King Institute of Preventive Medicine Micro-Biological Section reports 1909-11
Year: 1909
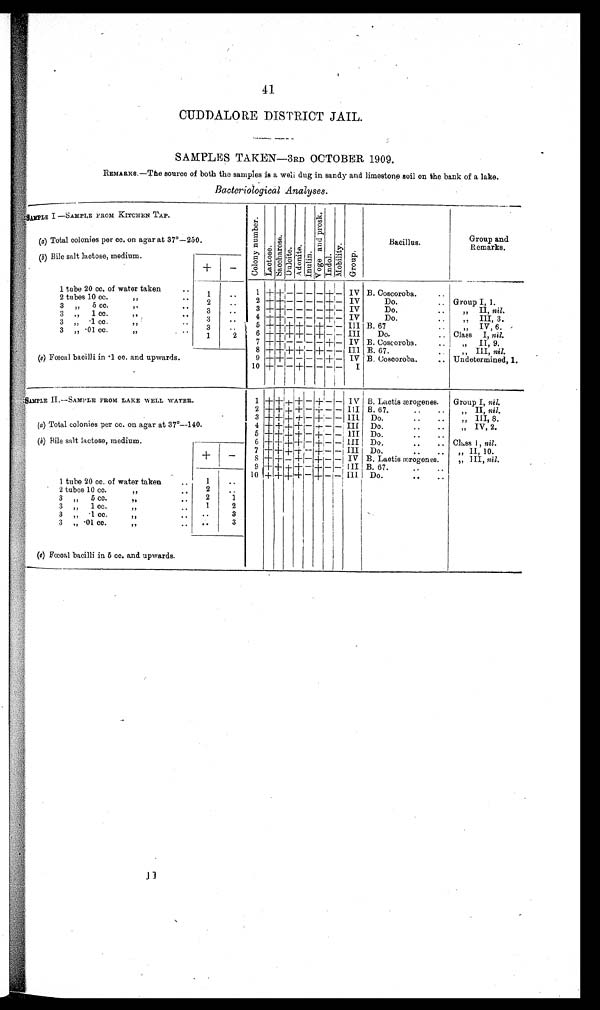
41
CUDDALORE DISTRICT JAIL.
SAMPLES TAKEN-3RD OCTOBER 1909.
REMARKS.—The source of both the samples is a well dug in sandy and limestone soil on bike bank of a lake.
Bacteriological Analyses.
SAMPLE I
—
SAMPLE FROM KITCHEN TAP.
C o l o n y n u m b e r s . L a c t o s e . S a c c h a r o s e . Du c i t e . A d o n i t e . I n u l i n . V o g e a n d P r o s k . I ndol . M o b i l i t y . Gr o u p .
Bacillus.
Group and
Remarks.
(a) Total colonies per cc. on agar at 37° —250.
(b) Bile salt lactose, medium.
+ —
1 tube 20 cc. of water, taken
. . 1
. . 1 + + — — — — +
—
IV B. Coscoroba. ..
2 tubes 10 cc.
,,
. . 2
. . 2 + +I—— — — — — +
—
IV
D o . . .
Group I, 1.
3 „ 5 cc. ,,
. . 3 .. 3 + + — — — — +
—
IV
Do. ..
II, nil
3 ,, 1 cc.
,,
. . 3
. . 4 + + — — — — +
—
IV
Do. .. „ III, 3.
3 „
. 1 c c . ,,
. . 3
. . 5 + + ++
—
+
— —
III B. 67 .. „ IV, 6.
3 , , .01 cc.
, ,
. . 1 2 6 + + + + — + — — III Do. .. Class I, nil.
7 + + — — — — + — IV B. Coscoroba.
,, II 9.
8 + + ++ —
+ — — III B. 67. ..
III, nil.
(c)F œ c a l b a c i l l i i n
. 1 c c . a n d u p w a r d s .
9 + +
—
— — — + — IV B. Coscoroba. .. Undetermined, 1.
10 +
— —
+
— — — —
I
SAMPLE II.—
SAMPLE FROM LAKE WELL WATER.
1 +
+ + + - +
— —
IV B. Lactis ærogenes. Group I, nil.
2 + + + + — + — — III B. 67. .. .. „ II, nil.
3 +
+++ ++ — +
—
— III Do. .. .. „ III, 8.
(a) Total colonies per cc. on agar at 37°—
140.
4 + + + + — +
—
— III Do. .. .. „ IV, 2.
5 +
+++ + + — +
—
— III Do. .. ..
( b) B i l e s a l t l a c t o s e , m e d i u m .
6 + +
+++ + — +
— —
III Do. .. .. Class I , nil.
7 + + ++
—
+
— —
III D o . . . . .
,, II, 10.
+
—
8 + + — + — + — — IV B. Lactis ærogenes. ,, III, nil.
9 +
++ + +
—
+
— —
III B. 67. .. ..
10 + + + + — + —
—
III Do. .. ..
1 tube 20 cc. of water taken .. 1
. .
2 tubes 10 cc.
,, .. 2
. .
3 „ 5 cc.
,, .. 2 1
3 „ 1 cc.
,, .. 1 2
3 , , .1 cc.
,,
.. 3
3 „ .01 cc.
,, .. .. 3
(e)Fœcal baci l l i i n 5 cc. and upwards .
ii